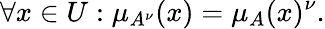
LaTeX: \forall x\in{U}:\mu_{A^{\nu}}(x)=\mu_{A}(x)^{\nu}.